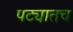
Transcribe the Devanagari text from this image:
पट्यातच